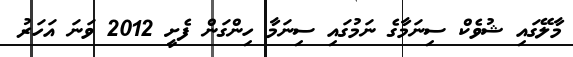
މާލޭގައި ޝުވެކް ސިނަމާގެ ނަމުގައި ސިނަމާ ހިންގަން ފެށީ 2012 ވަނަ އަހަރު